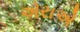
એરાએ